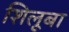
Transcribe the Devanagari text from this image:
शिलूबा